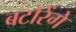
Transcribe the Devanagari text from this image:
बटोरेंगे